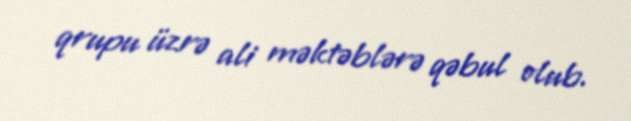
qrupu üzrə ali məktəblərə qəbul olub.